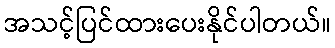
အသင့်ပြင်ထားပေးနိုင်ပါတယ်။